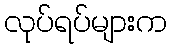
လုပ်ရပ်များက